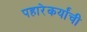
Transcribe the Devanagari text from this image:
पहारेकर्यांची